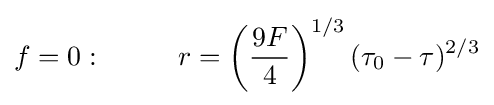
f=0:~~~~~~~~r=\left({\frac {9F}{4}}\right)^{1/3}(\tau _{0}-\tau )^{2/3}